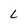
Character: L